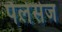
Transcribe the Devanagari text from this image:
पैलेसेज